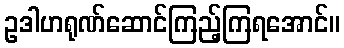
ဥဒါဟရုဏ်ဆောင်ကြည့်ကြရအောင်။